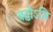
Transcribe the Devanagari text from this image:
बद्धोऽसि